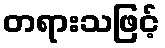
တရားသဖြင့်